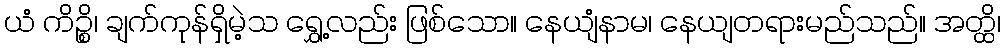
ယံ ကိဉ္စိ၊ ချက်ကုန်ရှိမဲ့သ ရွှေ့လည်း ဖြစ်သော။ နေယျံနာမ၊ နေယျတရားမည်သည်။ အတ္ထိ၊